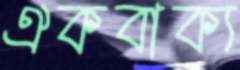
ঐকবাক্য